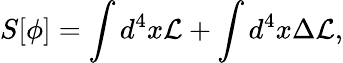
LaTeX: S[\phi]=\int d^{4}x{\cal L}+\int d^{4}x{\Delta}{\cal L},